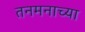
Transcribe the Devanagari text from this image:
तनमनाच्या